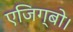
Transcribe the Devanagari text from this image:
एजिग्बो।